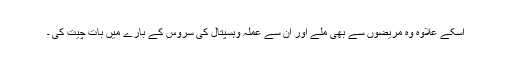
اسکے علاوہ وہ مریضوں سے بھی ملے اور ان سے عملہ وہسپتال کی سروس کے بارے میں بات چیت کی ۔